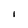
Character: I